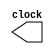
module Clk(clock);
output reg clock;
initial 
clock=0;
always
#31.25 clock=~clock;

endmodule